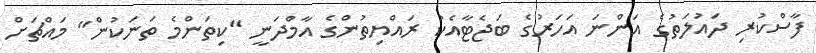
ފާސްކުރި ދައުލަތުގެ އަންނަ އަހަރުގެ ބަޖެޓާއެކު ރައްޔިތުންގެ އާމްދަނީ "ކިތަންމެ ތަނަކުން" މައްޗަށް